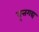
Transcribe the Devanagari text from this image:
वृत्तगद्य